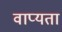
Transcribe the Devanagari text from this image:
वाप्यता